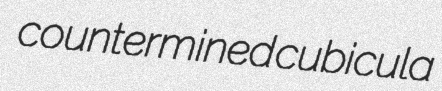
countermined cubicula